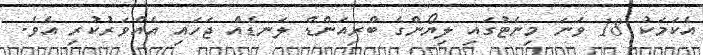
އެކަމަކު 18 ވަނަ މިނެޓުގައި ލިޔޯންގެ ބްރިއަންޑް ލަނޑެއް ޖަހައި އެއްވަރުކުރި އެވެ.